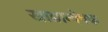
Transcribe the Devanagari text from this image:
खाद्यान्वेषक